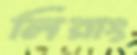
লিরাং